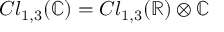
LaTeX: C l _ { 1 , 3 } ( \mathbb { C } ) = C l _ { 1 , 3 } ( \mathbb { R } ) \otimes \mathbb { C }